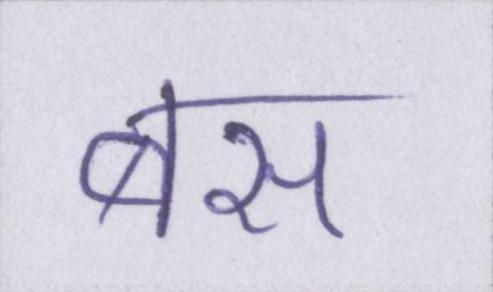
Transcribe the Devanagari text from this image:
बस